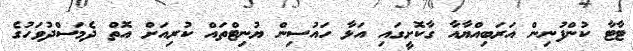
ޓާޓާ ކުންފުނިން އަރަބިއްޔާއާ ގާކޮށީގައި އަޅާ ހައުސިން ޔުނިޓްތައް ކުރިއަށް އޮތް ދެމަސްދުވަހުގެ